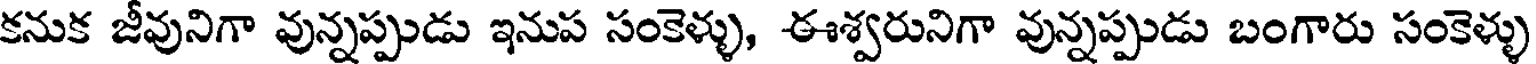
కనుక జీవునిగా వున్నప్పుడు ఇనుప సంకెళ్ళు, ఈశ్వరునిగా వున్నప్పుడు బంగారు సంకెళ్ళు